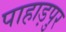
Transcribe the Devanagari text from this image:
पाहाड़पुर